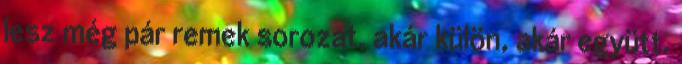
lesz még pár remek sorozat, akár külön, akár együtt.